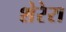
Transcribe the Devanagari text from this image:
शेरेरा